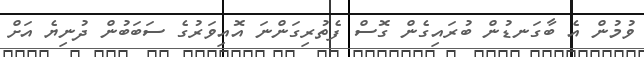
ވުމުން އެ ބާގަނޑުން ބުރައިގެން ގޮސް ފެތުރިގަންނަ އޮއިވަރުގެ ސަބަބުން ދުނިޔެ އަށް